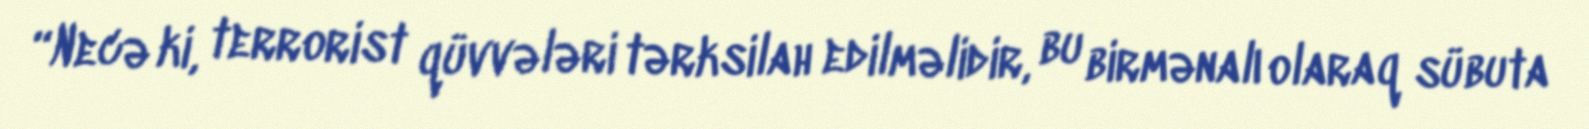
“Necə ki, terrorist qüvvələri tərksilah edilməlidir, bu birmənalı olaraq sübuta